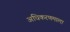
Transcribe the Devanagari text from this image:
अधिकरणमाला